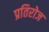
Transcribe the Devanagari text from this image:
प्रतिरोज